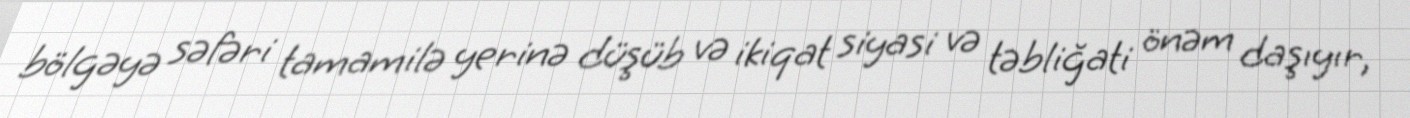
bölgəyə səfəri tamamilə yerinə düşüb və ikiqat siyasi və təbliğati önəm daşıyır,